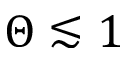
\Theta \lesssim 1